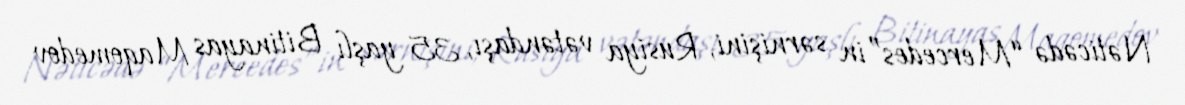
Nəticədə “Mercedes”in sərnişini, Rusiya vətəndaşı, 35 yaşlı Bitinayas Maqomedov